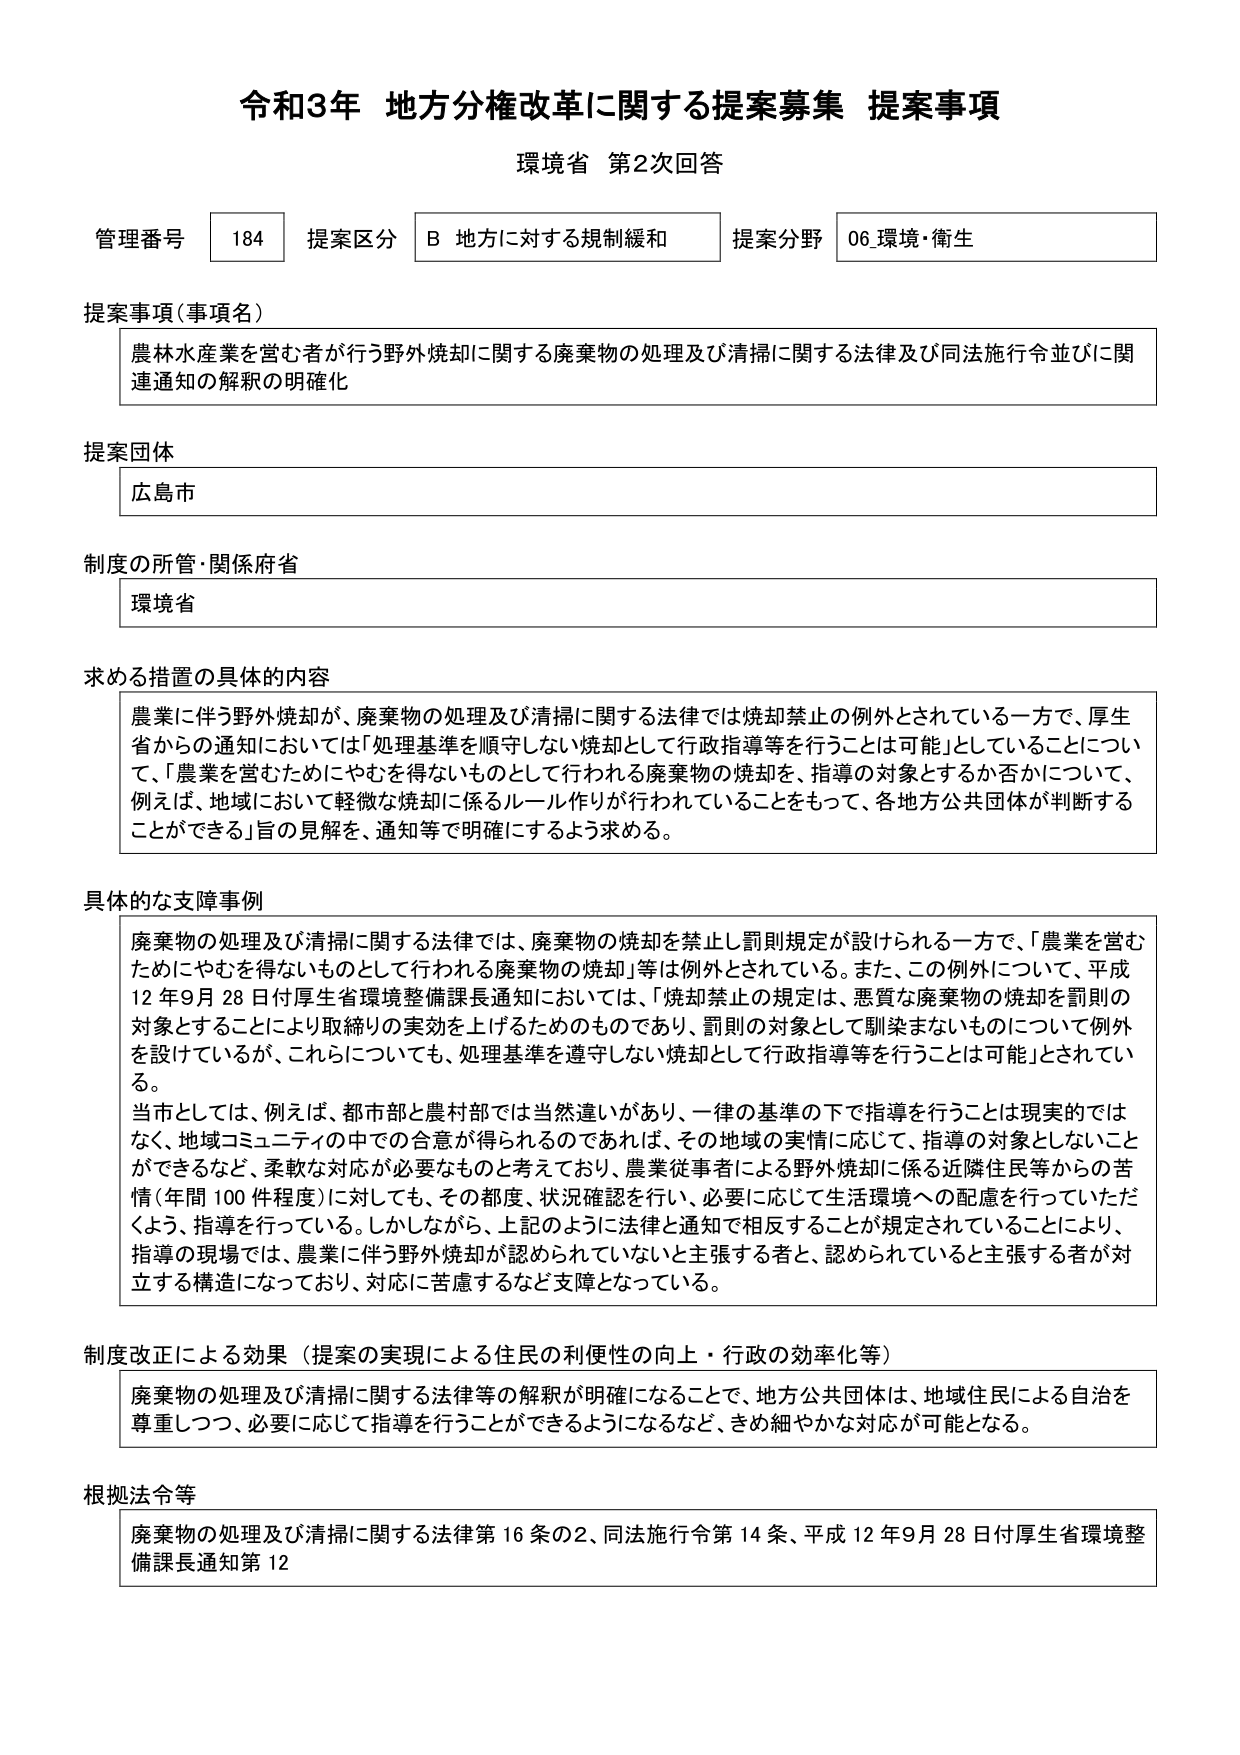
令和3年 地方分権改革に関する提案募集 提案事項
環境省 第2次回答

管理番号 184 提案区分 B 地方に対する規制緩和 提案分野 06 環境・衛生

提案事項（事項名）
農林水産業を営む者が行う野外焼却に関する廃棄物の処理及び清掃に関する法律及び同法施行令並びに関連通知の解釈の明確化

提案団体
広島市

制度の所管・関係府省
環境省

求める措置の具体的内容
農業に伴う野外焼却が、廃棄物の処理及び清掃に関する法律では焼却禁止の例外とされている一方で、厚生省からの通知においては「処理基準を順守しない焼却として行政指導等を行うことは可能」としていることについて、「農業を営むためにやむを得ないものとして行われる廃棄物の焼却を、指導の対象とするか否かについて、例えば、地域において軽微な焼却に係るルール作りが行われていることをもって、各地方公共団体が判断することができる」旨の見解を、通知等で明確にするよう求める。

具体的な支障事例
廃棄物の処理及び清掃に関する法律では、廃棄物の焼却を禁止し罰則規定が設けられる一方で、「農業を営むためにやむを得ないものとして行われる廃棄物の焼却」等は例外とされている。また、この例外について、平成12年9月28日付厚生省環境整備課長通知においては、「焼却禁止の規定は、悪質な廃棄物の焼却を罰則の対象とすることにより取締りの実効を上げるためのものであり、罰則の対象として馴染まないものについて例外を設けているが、これらについても、処理基準を遵守しない焼却として行政指導等を行うことは可能」とされている。
当市としては、例えば、都市部と農村部では当然違いがあり、一律の基準の下で指導を行うことは現実的ではなく、地域コミュニティの中での合意が得られるのであれば、その地域の実情に応じて、指導の対象としないことができるなど、柔軟な対応が必要なものと考えており、農業従事者による野外焼却に係る近隣住民等からの苦情（年間100件程度）に対しても、その都度、状況確認を行い、必要に応じて生活環境への配慮を行っていただくよう、指導を行っている。しかしながら、上記のように法律と通知で相反することが規定されていることにより、指導の現場では、農業に伴う野外焼却が認められていないと主張する者と、認められていると主張する者が対立する構造になっており、対応に苦慮するなど支障となっている。

制度改正による効果（提案の実現による住民の利便性の向上・行政の効率化等）
廃棄物の処理及び清掃に関する法律等の解釈が明確になることで、地方公共団体は、地域住民による自治を尊重しつつ、必要に応じて指導を行うことができるようになるなど、きめ細やかな対応が可能となる。

根拠法令等
廃棄物の処理及び清掃に関する法律第16条の2、同法施行令第14条、平成12年9月28日付厚生省環境整備課長通知第12